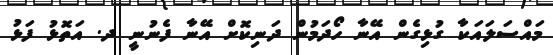
މައްސަލައަކާ ގުޅިގެން އޭނާ ހޯދަމުން ދަނިކޮށް އޭނާ ފެނުނީ ދ. އަތޮޅު ފަޅު